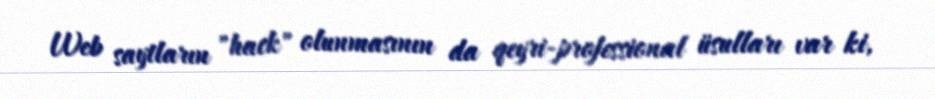
Web saytların "hack" olunmasının da qeyri-professional üsulları var ki,